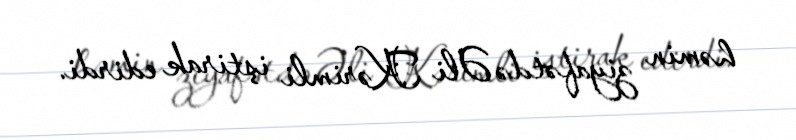
həmin ziyafətdə Əli Kərimli iştirak edirdi.